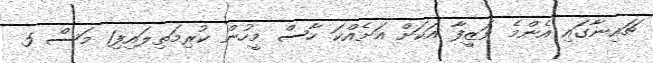
ޗައިނާގައި އެންމެ ވަޒީފާ އަކަށް އަށެއްކަ ހާސް މީހުން ކުރިމަތިލައިފި1 މަސް 5